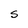
Character: s